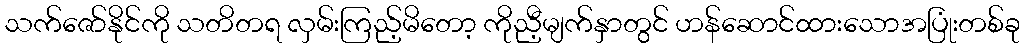
သက်ဇော်နိုင်ကို သတိတရ လှမ်းကြည့်မိတော့ ကိုညီ့မျက်နှာတွင် ဟန်ဆောင်ထားသောအပြုံးတစ်ခု